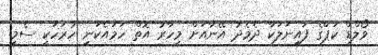
ވޯލްޑް ކަޕްގެ ފައިނަލަކާ ދެމެދު އޭނާއަށް މިހާރު އޮތް ހަމައެކަނި ހުރަހަކީ ސެމީ